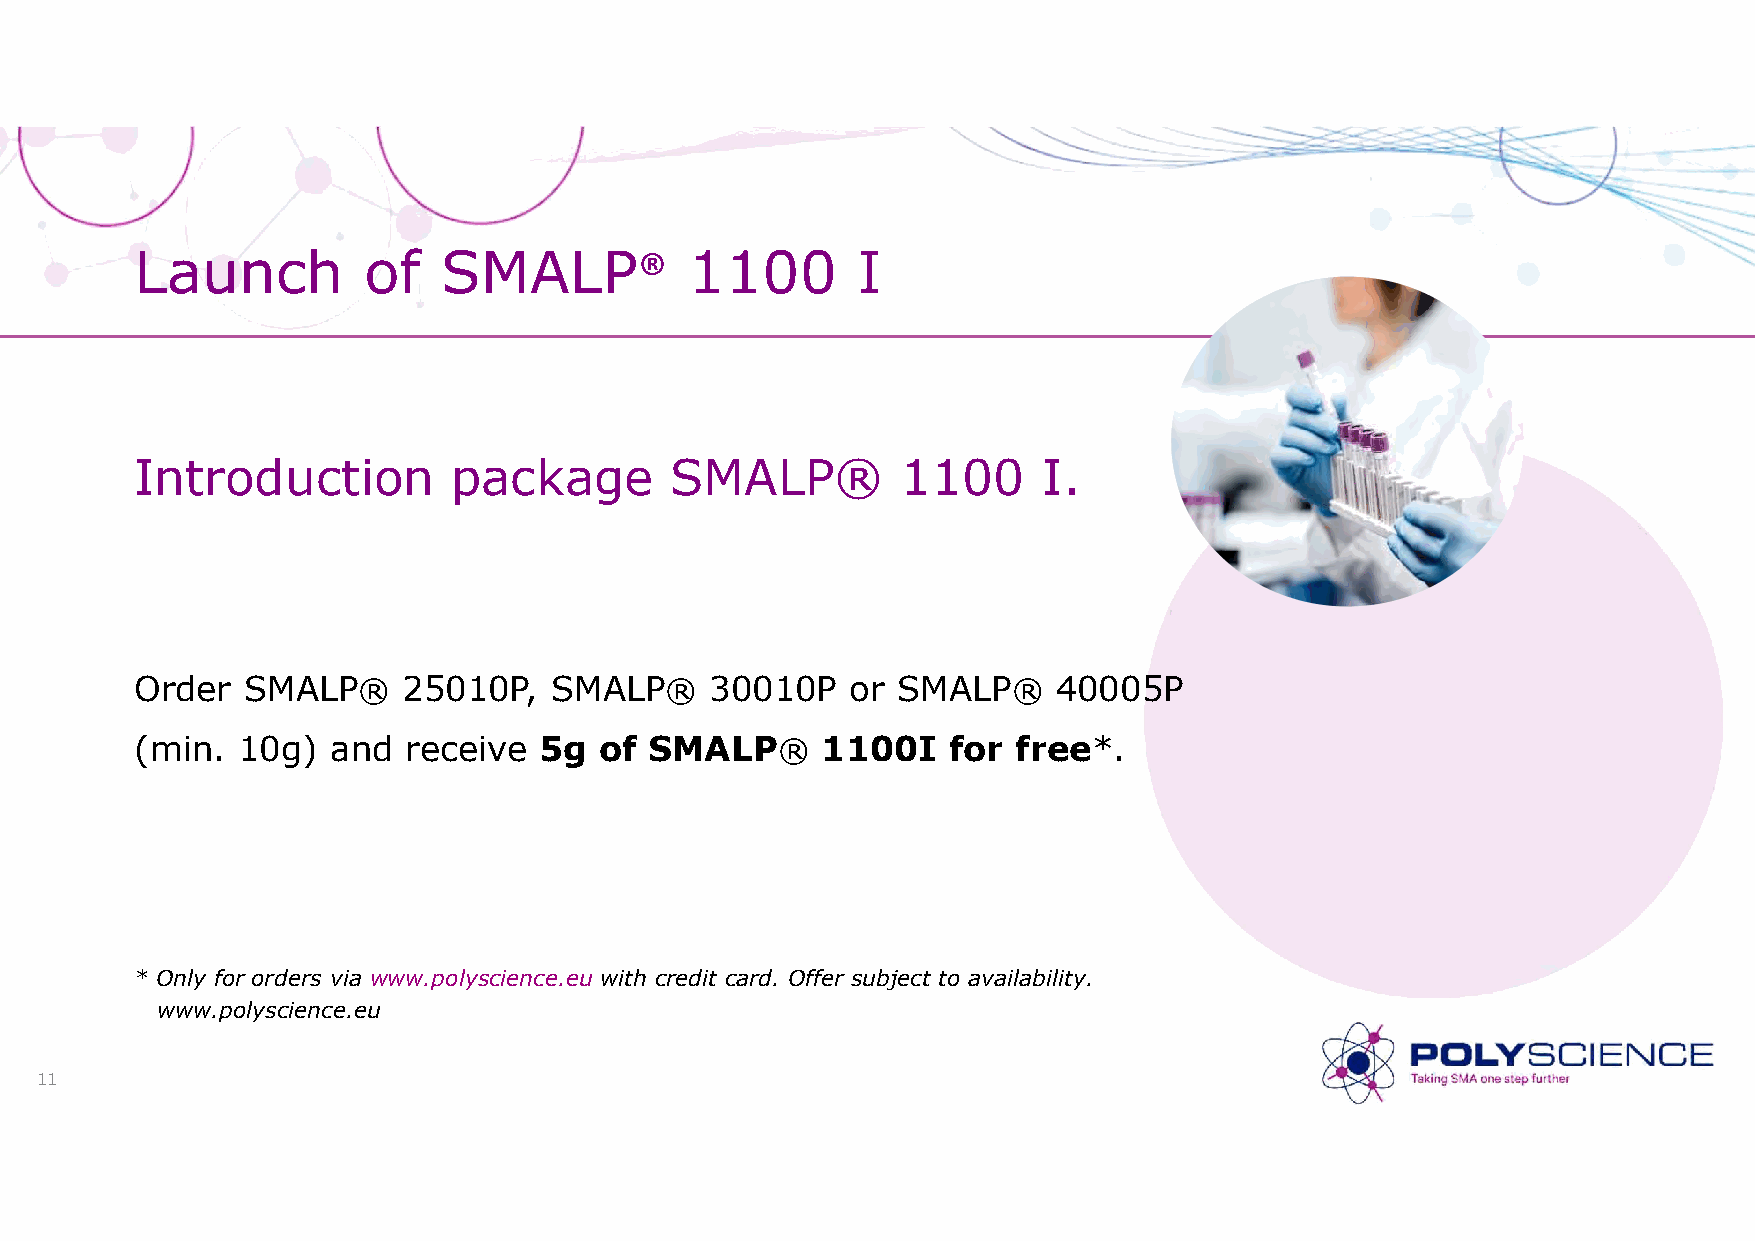
Launch         of   SMALP®           1100       I
 Introduction         package       SMALP®          1100     I.
 Order  SMALP®     25010P,  SMALP®     30010P   or SMALP®     40005P
 (min.  10g)  and  receive  5g  of SMALP®     1100I    for free*.
 * Only for orders via www.polyscience.eu with credit card. Offer subject to availability.
 www.polyscience.eu
 11